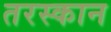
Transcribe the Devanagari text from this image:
तरस्कान